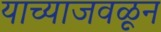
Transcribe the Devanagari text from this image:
याच्याजवळून